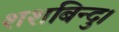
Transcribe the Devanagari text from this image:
शशबिन्दु।